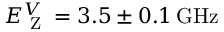
E _ { \textrm { Z } } ^ { V } = 3 . 5 \pm 0 . 1 \, \mathrm { G H \mathrm { z } }